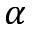
\alpha